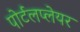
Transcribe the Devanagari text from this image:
पोर्टलप्लेयर